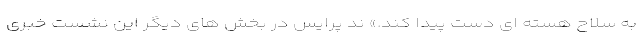
به سلاح هسته ای دست پیدا کند.» ند پرایس در بخش های دیگر این نشست خبری